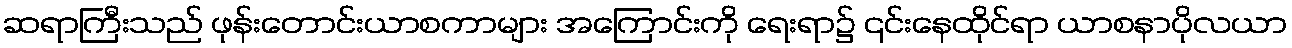
ဆရာကြီးသည် ဖုန်းတောင်းယာစကာများ အကြောင်းကို ရေးရာ၌ ၎င်းနေထိုင်ရာ ယာစနာပိုလယာ